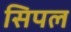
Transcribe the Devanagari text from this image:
सिपल